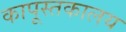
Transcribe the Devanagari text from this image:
कापूस्तकालय